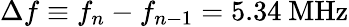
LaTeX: \Delta f\equiv f_{n}-f_{n-1}=5.34~\mathrm{MHz}